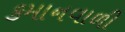
કમાનવાળી